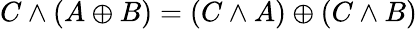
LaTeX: C\land(A\oplus B)=(C\land A)\oplus(C\land B)